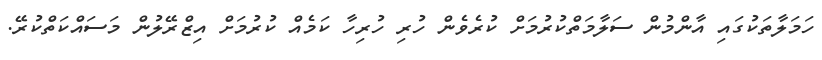
ހަމަލާތަކުގައި އާންމުން ސަލާމަތްކުރުމަށް ކުރެވެން ހުރި ހުރިހާ ކަމެއް ކުރުމަށް އިޒްރޭލުން މަސައްކަތްކުރޭ.